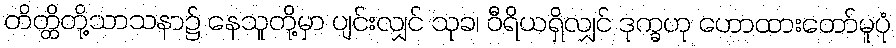
တိတ္ထိတို့သာသနာ၌ နေသူတို့မှာ ပျင်းလျှင် သုခ၊ ဝီရိယရှိလျှင် ဒုက္ခဟု ဟောထားတော်မူပုံ